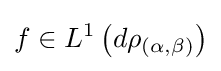
f\in L^{1}\left(d\rho _{(\alpha ,\beta )}\right)